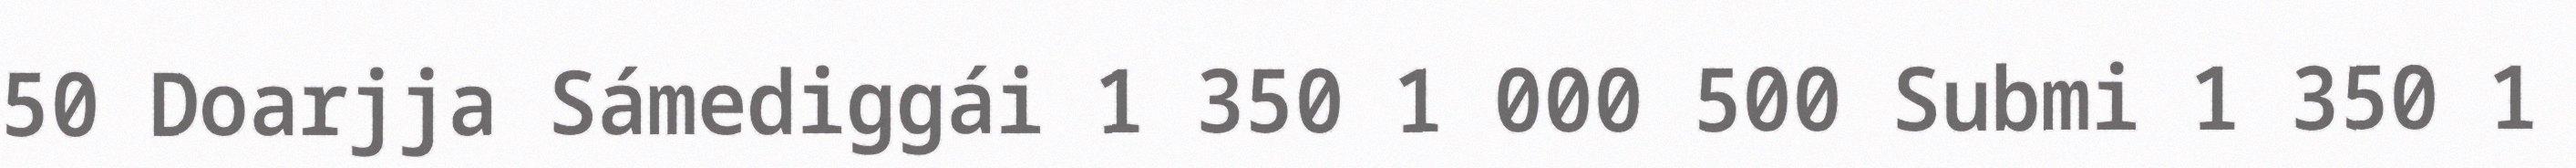
50 Doarjja Sámediggái 1 350 1 000 500 Submi 1 350 1